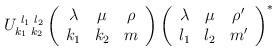
LaTeX: \begin{align*}U_{k_1\,\,k_2}^{\,\,l_1\,\,l_2}\left(\begin{array}{ccc} \lambda & \mu & \rho \\k_1 & k_2 & m \end{array} \right)\left( \begin{array}{ccc} \lambda & \mu & \rho' \\l_1 & l_2 & m' \end{array}\right)^{\ast}\end{align*}